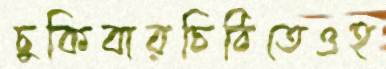
চুকিবারচিঠিতেওহ